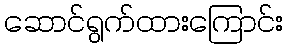
ဆောင်ရွက်ထားကြောင်း